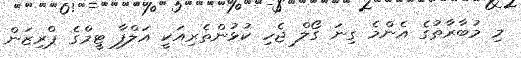
މި މުބާރާތުގެ އެންމެ ގިނަ ގޯލް ޖެހި ކުޅުންތެރިއަކީ އަލްފާ ޓީމްގެ ޕްރިޒަން